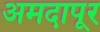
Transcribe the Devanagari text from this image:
अमदापूर